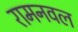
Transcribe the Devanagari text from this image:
रामनवल